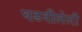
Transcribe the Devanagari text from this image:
घडवीलेली